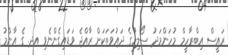
ރައީސް އިބްރާހީމް މުހަންމަދު ސޯލިހުގެ ދައުވަތަކަށް ރާއްޖެ ވަޑައިގެންނެވި އދ. ގެ އާންމު